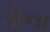
ડોના